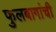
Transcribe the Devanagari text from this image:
फुलबागांची